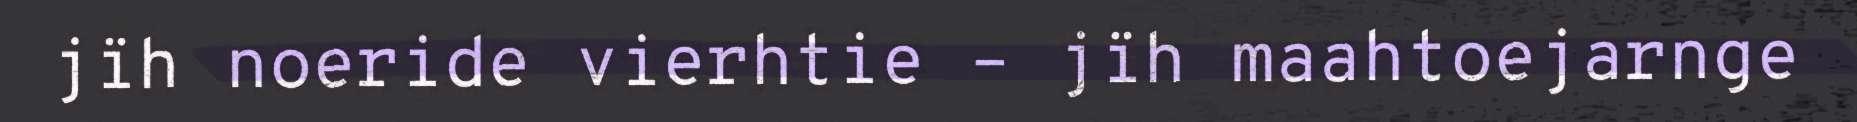
jïh noeride vierhtie – jïh maahtoejarnge